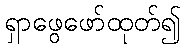
ရှာဖွေဖော်ထုတ်၍